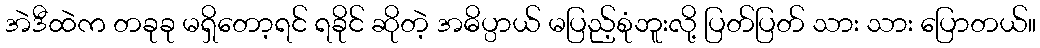
အဲဒီထဲက တခုခု မရှိတော့ရင် ရခိုင် ဆိုတဲ့ အဓိပ္ပာယ် မပြည့်စုံဘူးလို့ ပြတ်ပြတ် သား သား ပြောတယ်။